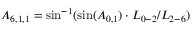
{ A _ { 6 , 1 , 1 } } = \sin ^ { - 1 } ( \sin ( { A _ { 0 , 1 } } ) \cdot { L _ { 0 - 2 } } / { L _ { 2 - 6 } } )